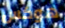
هوكس